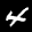
Label: 4